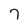
Character: 7